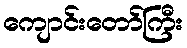
ကျောင်းတော်ကြီး